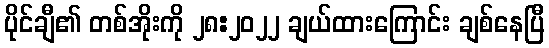
ပိုင်ချီ၏ တစ်အိုးကို ၂၈:၂၀၂၂ ချယ်ထားကြောင်း ချစ်နေပြီ